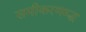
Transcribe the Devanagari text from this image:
समीकरणम्द्ध